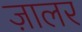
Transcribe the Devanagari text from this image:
ज़ालर